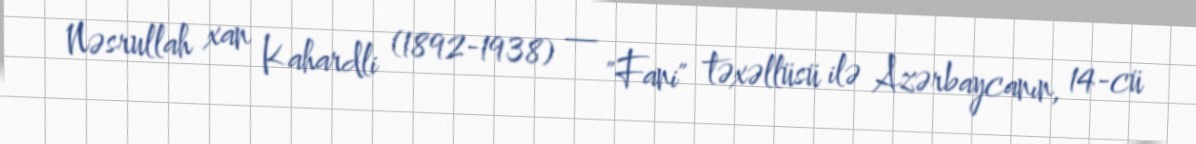
Nəsrullah xan Kahardli (1892-1938) — "Fani" təxəllüsü ilə Azərbaycanın, 14-cü